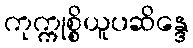
ကုက္ကုစ္စိယူပဆိန္ဒေ